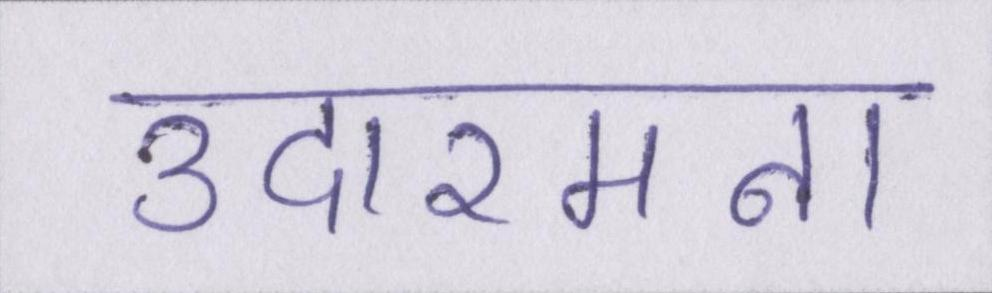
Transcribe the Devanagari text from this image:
उदारमना